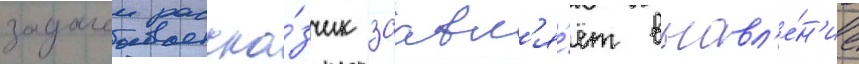
задачеи расска́зчик заавл'я́ет выавл'е́н'ие